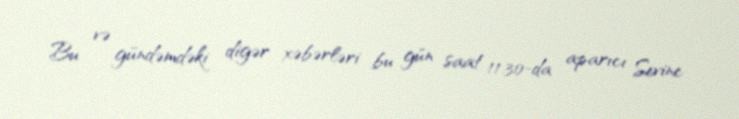
Bu və gündəmdəki digər xəbərləri bu gün saat 11.30-da aparıcı Sevinc